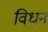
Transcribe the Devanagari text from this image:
विधन